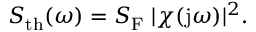
S _ { \mathrm { t h } } ( \omega ) = S _ { \mathrm { F } } \; \lvert \chi ( \mathrm { j } \omega ) \rvert ^ { 2 } .